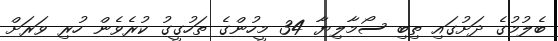
ބެލުމުގެ ދަށުގައި ތިބި ސޯމާލިޔާ 34 މީހުންގެ ތަހުގީގު ކުރެވެން ހުރި ވަރަށް